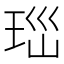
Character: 𤤼